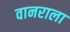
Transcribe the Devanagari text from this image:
वानराला